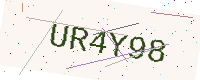
Text: UR4Y98